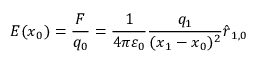
{ \boldsymbol { E } } ( { \boldsymbol { x } } _ { 0 } ) = { \frac { \boldsymbol { F } } { q _ { 0 } } } = { \frac { 1 } { 4 \pi \varepsilon _ { 0 } } } { \frac { q _ { 1 } } { ( { \boldsymbol { x } } _ { 1 } - { \boldsymbol { x } } _ { 0 } ) ^ { 2 } } } { \hat { \boldsymbol { r } } } _ { 1 , 0 }